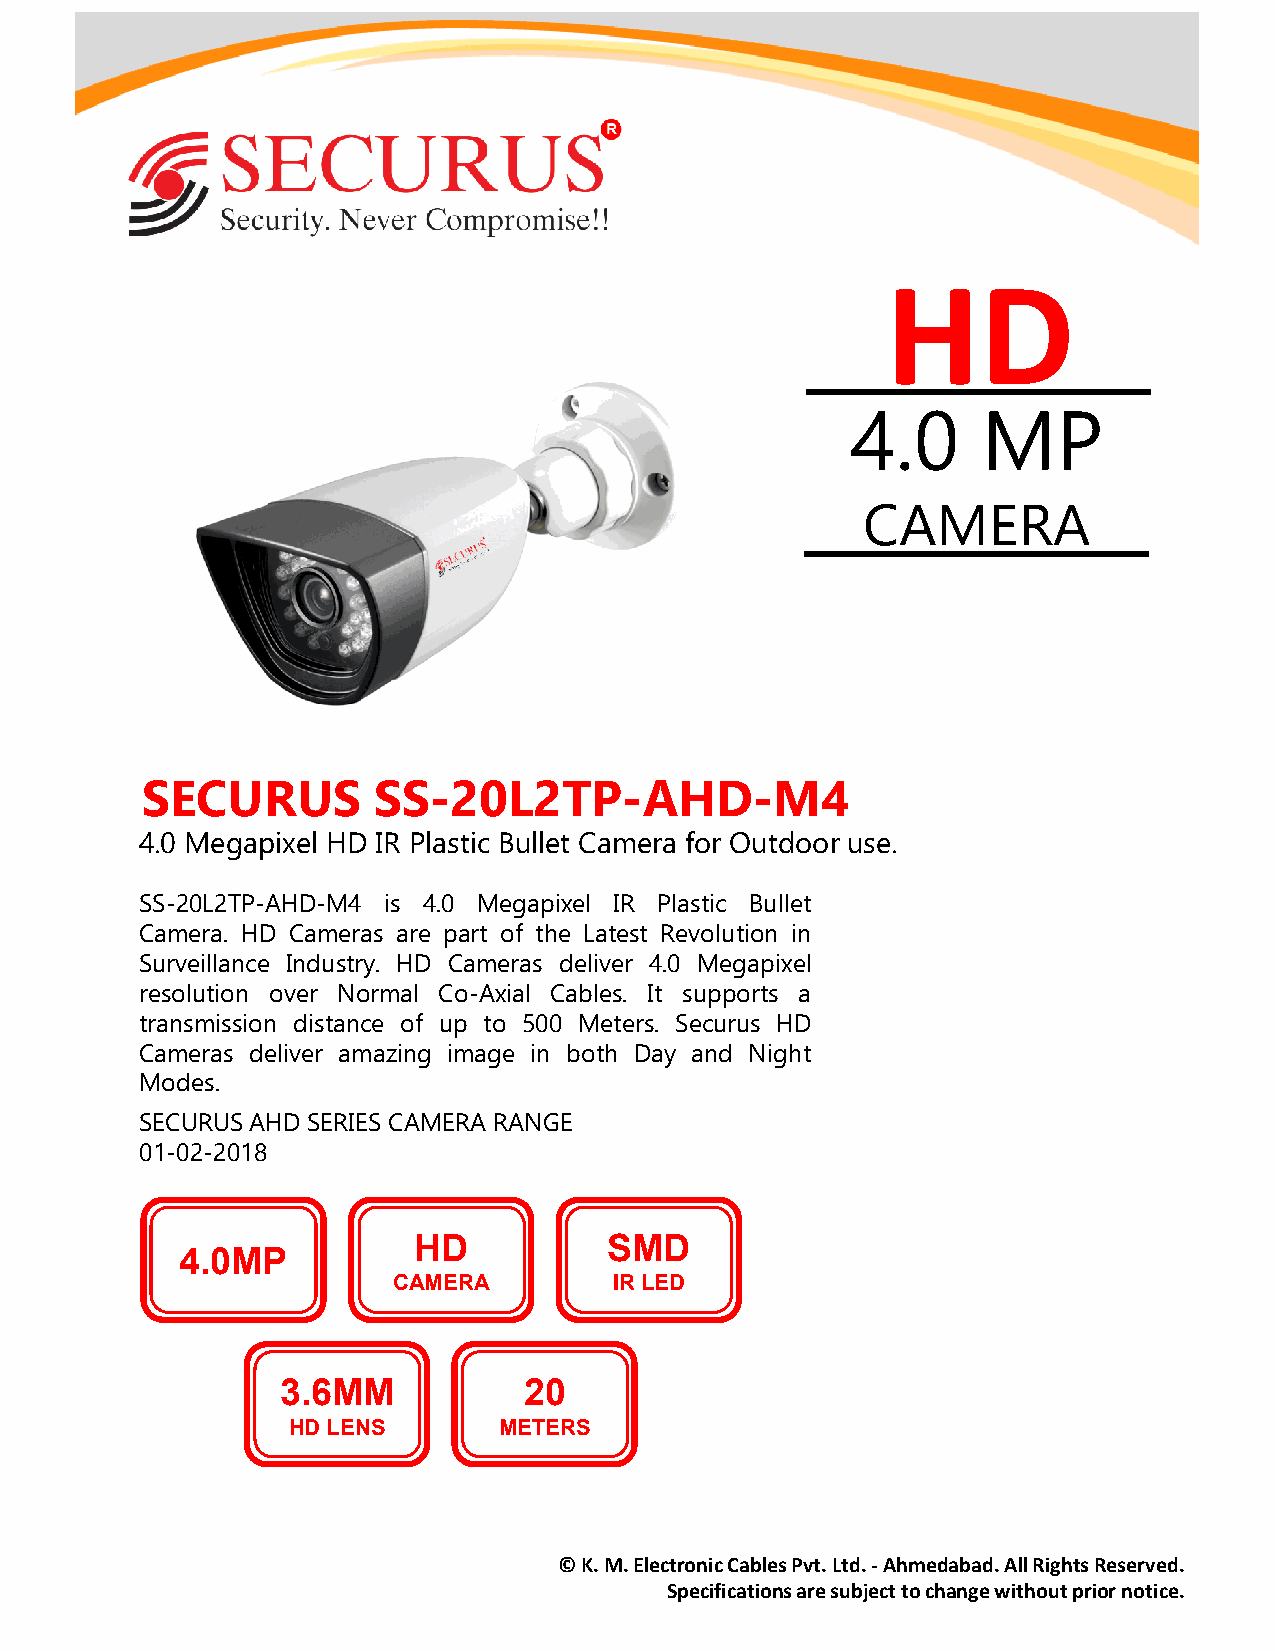
HD
 44..00   MMPP
 CAMERA
 SSEECCUURRUUSS  SSSS--2200LL22TTPP--AAHHDD--MM44
 44..00 MMeeggaappiixxeell HHDD IIRR PPllaassttiicc BBuulllleett CCaammeerraa ffoorr OOuuttddoooorr uussee..
 SS-20L2TP-AHD-M4 is 4.0 Megapixel IR Plastic Bullet
 Camera. HD Cameras are part of the Latest Revolution in
 Surveillance Industry. HD Cameras deliver 4.0 Megapixel
 resolution over Normal Co-Axial Cables. It supports a
 transmission distance of up to 500 Meters. Securus HD
 Cameras deliver amazing image in both Day and Night
 Modes.
 SECURUSAHD SERIES CAMERA RANGE
 01-02-2018
 HD           SMD
 4.0MP
 CAMERA         IRLED
 3.6MM           20
 HD LENS       METERS
 © K. M. Electronic Cables Pvt. Ltd. -Ahmedabad. All Rights Reserved.
 Specifications are subject to change without prior notice.